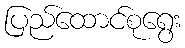
ပြည်ထောင်စုရွေး